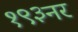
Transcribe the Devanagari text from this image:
१९३नर